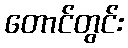
တောင်တွင်း